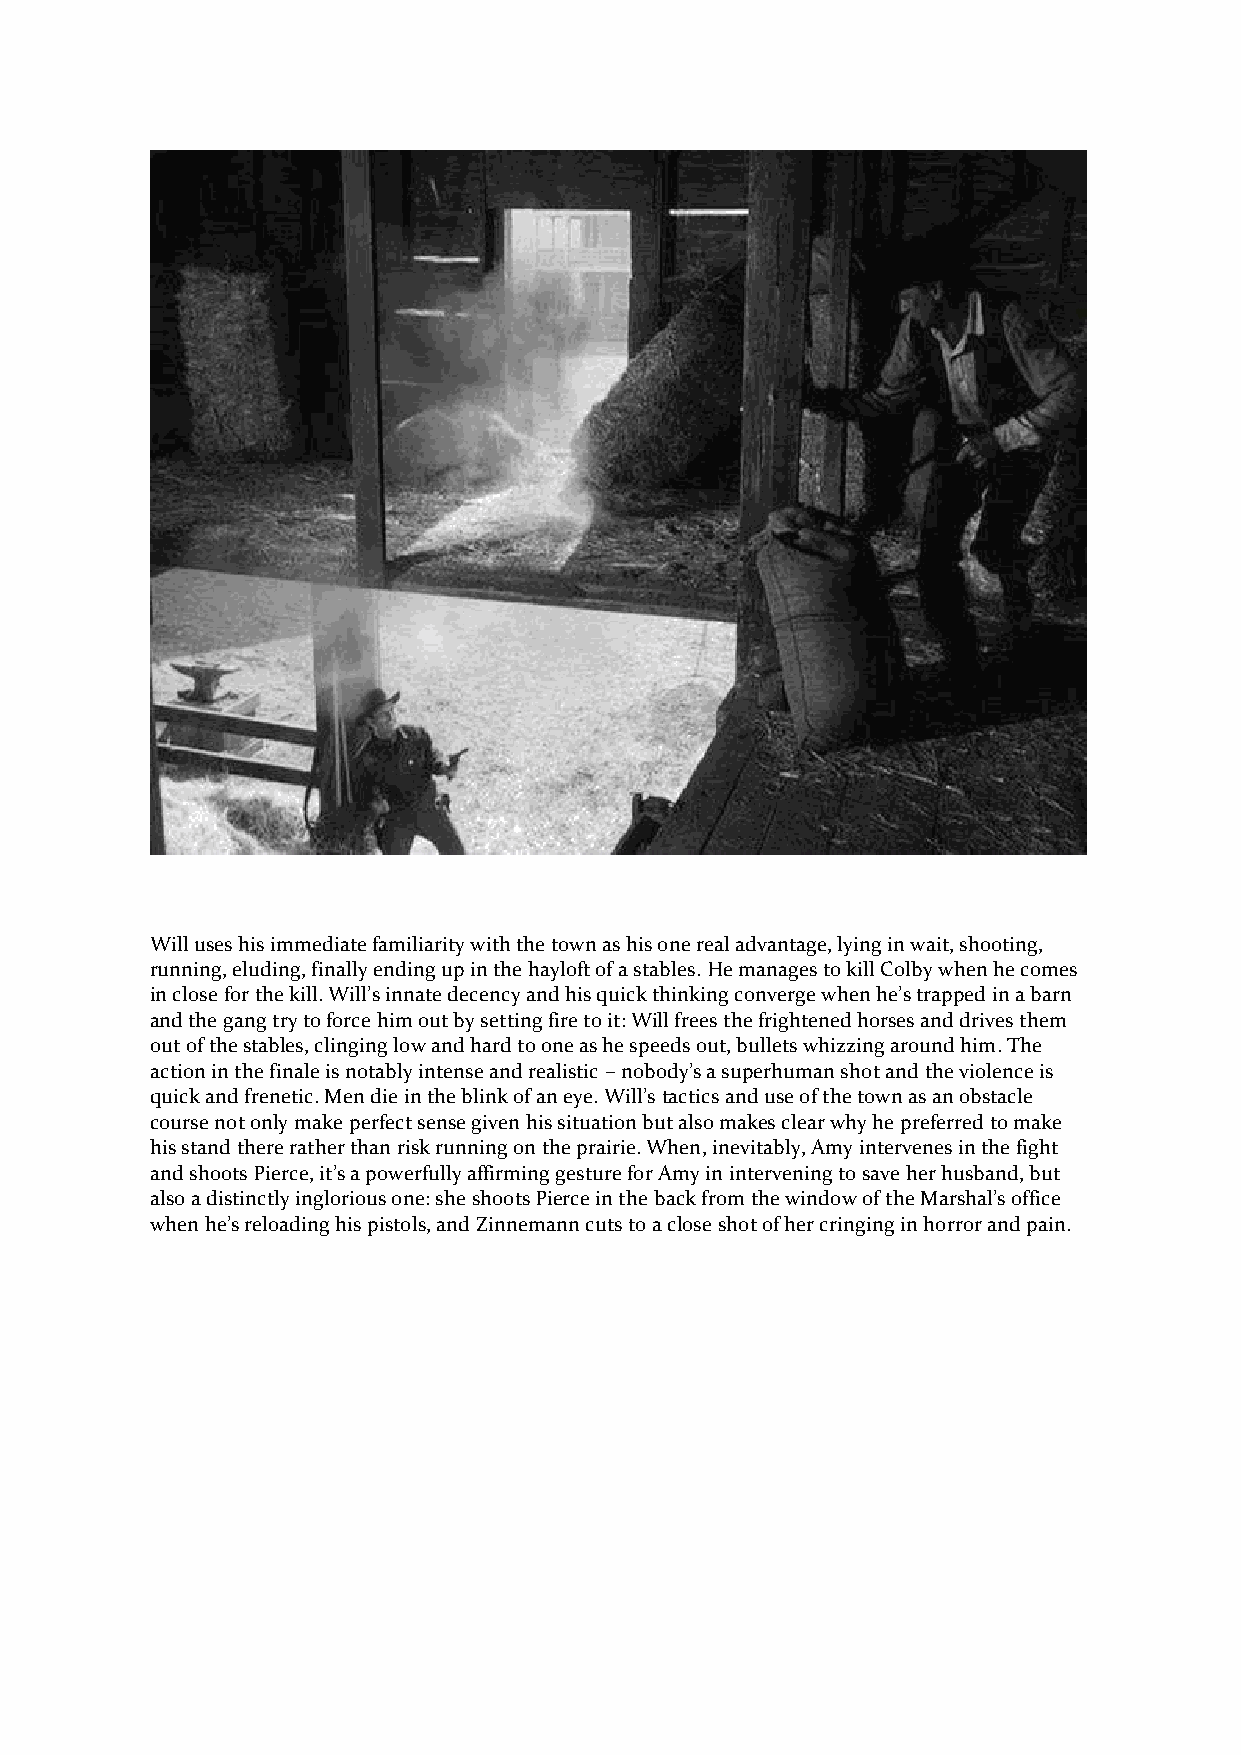
Will uses his immediate familiarity with the town as his one real advantage, lying in wait, shooting,
 running, eluding, finally ending up in the hayloft of a stables. He manages to kill Colby when he comes
 in close for the kill. Will’s innate decency and his quick thinking converge when he’s trapped in a barn
 and the gang try to force him out by setting fire to it: Will frees the frightened horses and drives them
 out of the stables, clinging low and hard to one as he speeds out, bullets whizzing around him. The
 action in the finale is notably intense and realistic – nobody’s a superhuman shot and the violence is
 quick and frenetic. Men die in the blink of an eye. Will’s tactics and use of the town as an obstacle
 course not only make perfect sense given his situation but also makes clear why he preferred to make
 his stand there rather than risk running on the prairie. When, inevitably, Amy intervenes in the fight
 and shoots Pierce, it’s a powerfully affirming gesture for Amy in intervening to save her husband, but
 also a distinctly inglorious one: she shoots Pierce in the back from the window of the Marshal’s office
 when he’s reloading his pistols, and Zinnemann cuts to a close shot of her cringing in horror and pain.